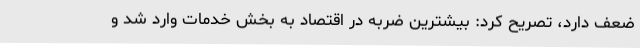
ضعف دارد، تصریح کرد: بیشترین ضربه در اقتصاد به بخش خدمات وارد شد و